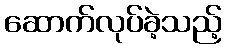
ဆောက်လုပ်ခဲ့သည့်